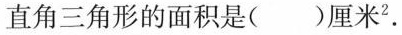
直角三角形的面积是()厘米^{2}.